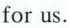
for us.